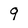
Character: q